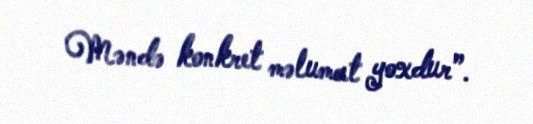
Məndə konkret məlumat yoxdur”.